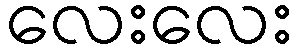
လေးလေး